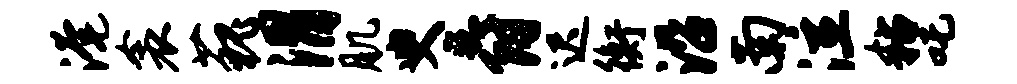
淹衾藐渭肌臾爵迟衡沿南泣粘吒